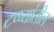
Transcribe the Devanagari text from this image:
टप्प्यांतील